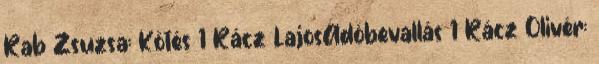
Rab Zsuzsa: Kötés 1 Rácz LajosAdóbevallás 1 Rácz Olivér: